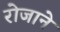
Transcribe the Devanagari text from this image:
रोजाने